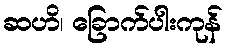
ဆဟိ၊ ခြောက်ပါးကုန်